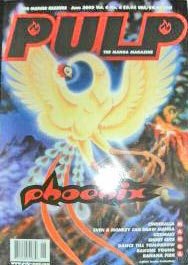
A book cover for Pulp: The Manga Magazine (For Mature Readers) (Volume 6, issues 5 & 6); Viz Communications; Comics & Graphic Novels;